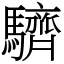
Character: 䮺